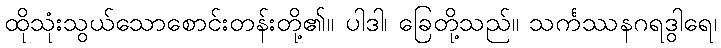
ထိုသုံးသွယ်သောစောင်းတန်းတို့၏။ ပါဒါ၊ ခြေတို့သည်။ သင်္ကဿနဂရဒွါရေ၊